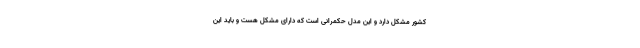
کشور مشکل دارد و این مدل حکمرانی است که دارای مشکل هست و باید این